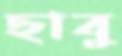
ছাবু